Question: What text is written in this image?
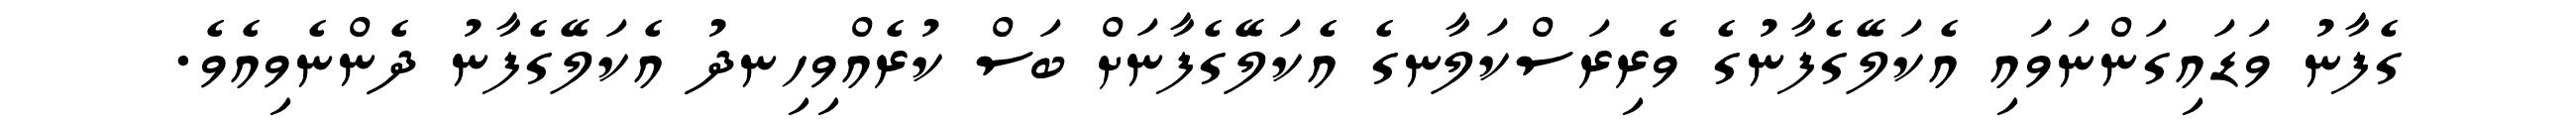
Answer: ގެފާނު ވަޑައިގަންނަވައި އެކަލޭގެފާނުގެ ވެރިރަސްކަލާނގެ އެކަލޭގެފާނަށް ބަސް ކުރެއްވިހިނދު އެކަލޭގެފާނު ދެންނެވިއެވެ.